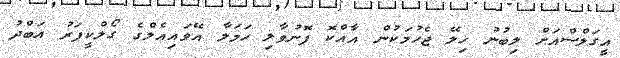
އީގަލްސްއަށް ލިބުނު ހިލޭ ޖެހުމަކުން އާއްކޮ ފޮނުވާލި ހަމަލާ އޭވައިއެލްގެ ގޯލްކީޕަރު އަބްދު